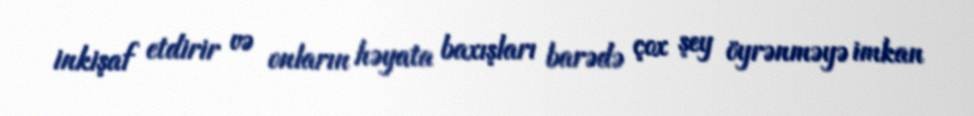
inkişaf etdirir və onların həyata baxışları barədə çox şey öyrənməyə imkan